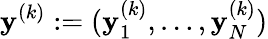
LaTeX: \mathbf{y}^{(k)}:=(\mathbf{y}_{1}^{(k)},\ldots,\mathbf{y}_{N}^{(k)})